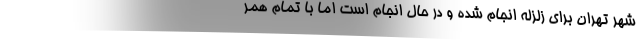
شهر تهران برای زلزله انجام شده و در حال انجام است اما با تمام همر